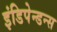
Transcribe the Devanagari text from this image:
इंडिपेन्डन्स